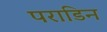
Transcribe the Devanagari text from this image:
पराडिन